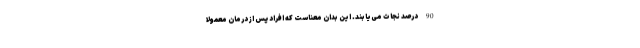
90 درصد نجات می‌یابند. این بدان معناست که افراد پس از درمان معمولاً